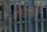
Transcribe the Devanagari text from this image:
हिपॅटायटीस